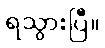
ရသွားပြီ။